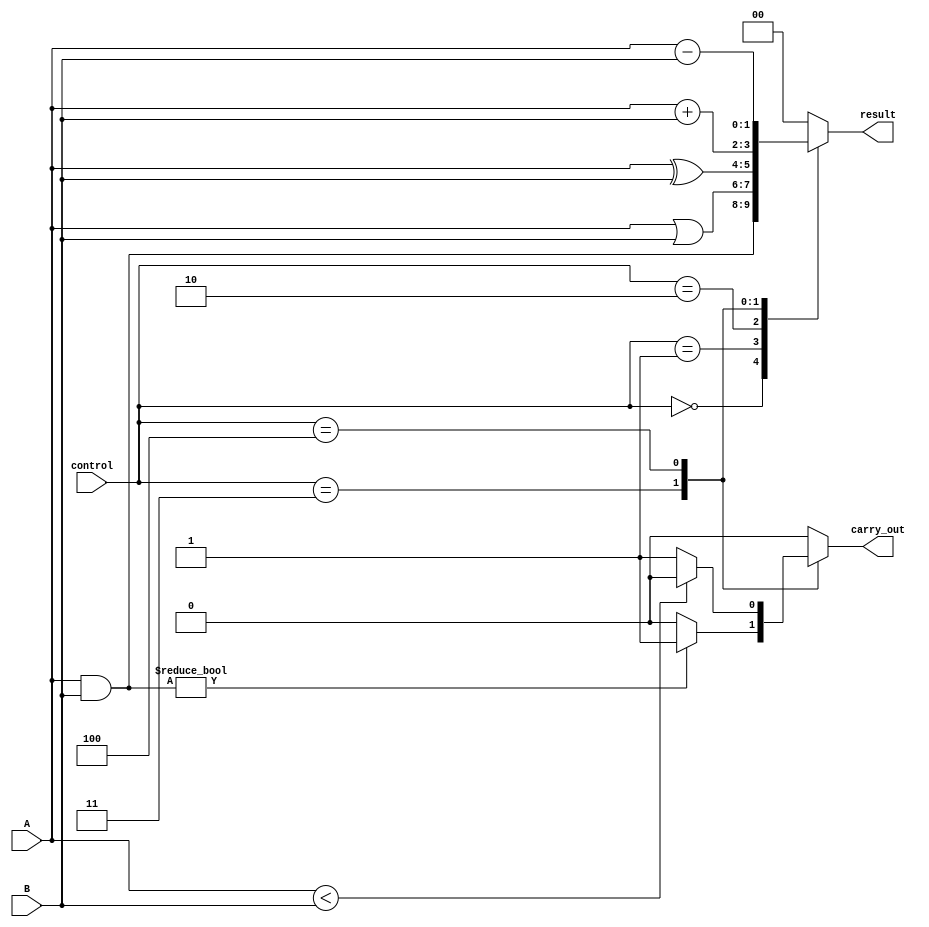
module ALU_1bit(
    input [1:0] A,
    input [1:0] B,
    input [2:0] control,
    output reg [1:0] result,
    output reg carry_out
);
  
always @(*)
begin
    case(control)
        3'b000: // AND operation
            begin
                result = A & B;
                carry_out = 1'b0;
            end
        3'b001: // OR operation
            begin
                result = A | B;
                carry_out = 1'b0;
            end
        3'b010: // XOR operation
            begin
                result = A ^ B;
                carry_out = 1'b0;
            end
        3'b011: // Addition operation
            begin
                result = A + B;
                carry_out = (A & B) ? 1'b1 : 1'b0;
            end
        3'b100: // Subtraction operation
            begin
                result = A - B;
                carry_out = (A < B) ? 1'b0 : 1'b1;
            end
        default: 
            begin
                result = 2'b00;
                carry_out = 1'b0;
            end
    endcase
end

endmodule